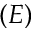
( E )